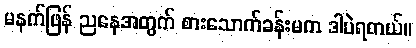
မနက်ဖြန် ညနေအတွက် စားသောက်ခန်းမက ဒါပဲရတယ်။